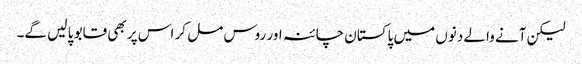
لیکن آنے والے دنوں میں پاکستان چائنہ اور روس مل کر اس پر بھی قابو پا لیں گے۔